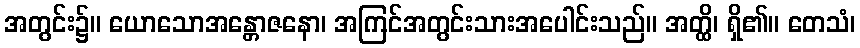
အတွင်း၌။ ယောသောအန္တောဇနော၊ အကြင်အတွင်းသားအပေါင်းသည်။ အတ္ထိ၊ ရှိ၏။ တေသံ၊